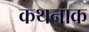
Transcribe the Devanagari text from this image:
कथनाक